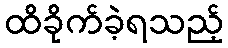
ထိခိုက်ခဲ့ရသည့်